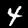
Label: 4